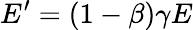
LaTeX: E^{\prime}=(1-\beta)\gamma E